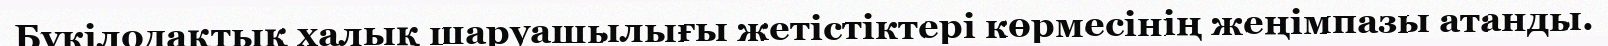
Бүкілодақтық халық шаруашылығы жетістіктері көрмесінің жеңімпазы атанды.